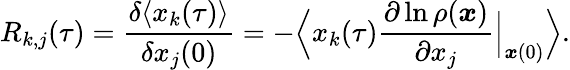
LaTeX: R_{k,j}(\tau)=\frac{\delta\langle x_{k}(\tau)\rangle}{\delta x_{j}(0)}=-\Big\langle x_{k}(\tau)\frac{\partial\ln\rho(\boldsymbol{x})}{\partial x_{j}}\Big|_{\boldsymbol{x}(0)}\Big\rangle.